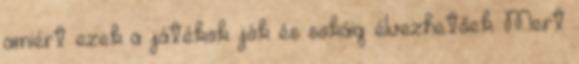
amiért ezek a játékok jók és sokáig élvezhetőek. Mert